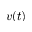
v ( t )